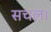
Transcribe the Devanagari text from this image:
सचल।